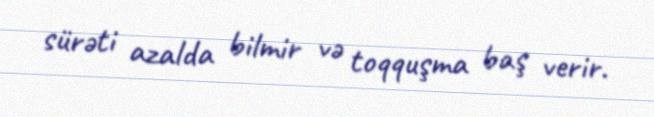
sürəti azalda bilmir və toqquşma baş verir.